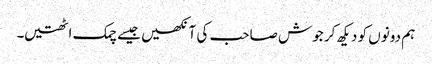
ہم دونوں کو دیکھ کر جوش صاحب کی آنکھیں جیسے چمک اٹھتیں۔